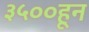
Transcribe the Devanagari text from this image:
३५००हून